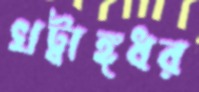
খট্বাঙ্গধর